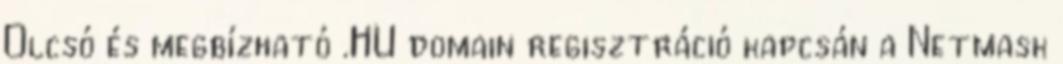
Olcsó és megbízható .HU domain regisztráció kapcsán a Netmask